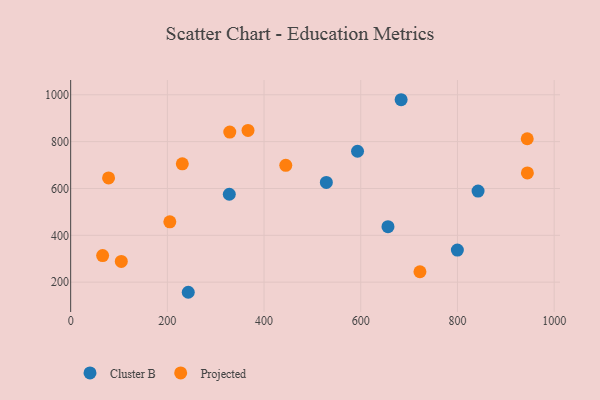
{"axis": {"x": "Engine Size", "y": "Demand"}, "legend": ["Cluster B", "Projected"], "data": [{"x": "842.6", "y": 589.1, "type": "Cluster B"}, {"x": "243.2", "y": 156.9, "type": "Cluster B"}, {"x": "328.1", "y": 575.3, "type": "Cluster B"}, {"x": "799.8", "y": 336.9, "type": "Cluster B"}, {"x": "656.3", "y": 436.9, "type": "Cluster B"}, {"x": "528.8", "y": 625.9, "type": "Cluster B"}, {"x": "683.5", "y": 978.9, "type": "Cluster B"}, {"x": "593.3", "y": 759.0, "type": "Cluster B"}, {"x": "366.8", "y": 847.9, "type": "Projected"}, {"x": "230.9", "y": 705.1, "type": "Projected"}, {"x": "944.6", "y": 666.5, "type": "Projected"}, {"x": "104.7", "y": 288.8, "type": "Projected"}, {"x": "66.1", "y": 313.5, "type": "Projected"}, {"x": "944.3", "y": 812.2, "type": "Projected"}, {"x": "444.9", "y": 698.7, "type": "Projected"}, {"x": "78.4", "y": 645.2, "type": "Projected"}, {"x": "722.4", "y": 244.5, "type": "Projected"}, {"x": "329.1", "y": 840.6, "type": "Projected"}, {"x": "205.1", "y": 457.6, "type": "Projected"}]}